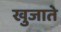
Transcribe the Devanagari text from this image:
खुजाते